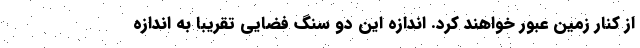
از کنار زمین عبور خواهند کرد. اندازه این دو سنگ فضایی تقریبا به اندازه